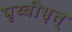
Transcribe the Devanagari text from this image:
पृथ्वीभृत्